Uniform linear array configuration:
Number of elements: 32
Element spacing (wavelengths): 0.75
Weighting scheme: hann
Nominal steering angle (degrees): -60
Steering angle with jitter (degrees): -58.015
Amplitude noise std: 0.05
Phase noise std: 0.05

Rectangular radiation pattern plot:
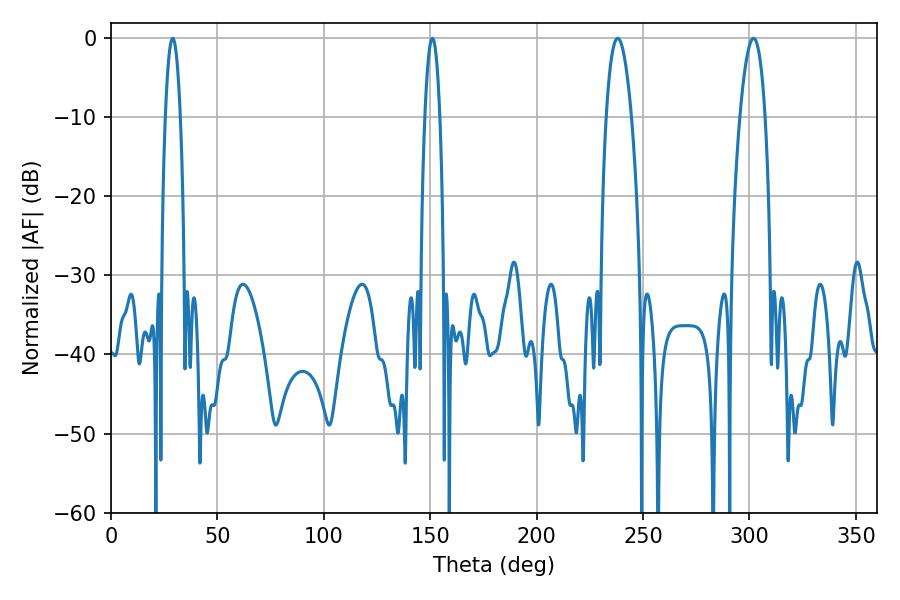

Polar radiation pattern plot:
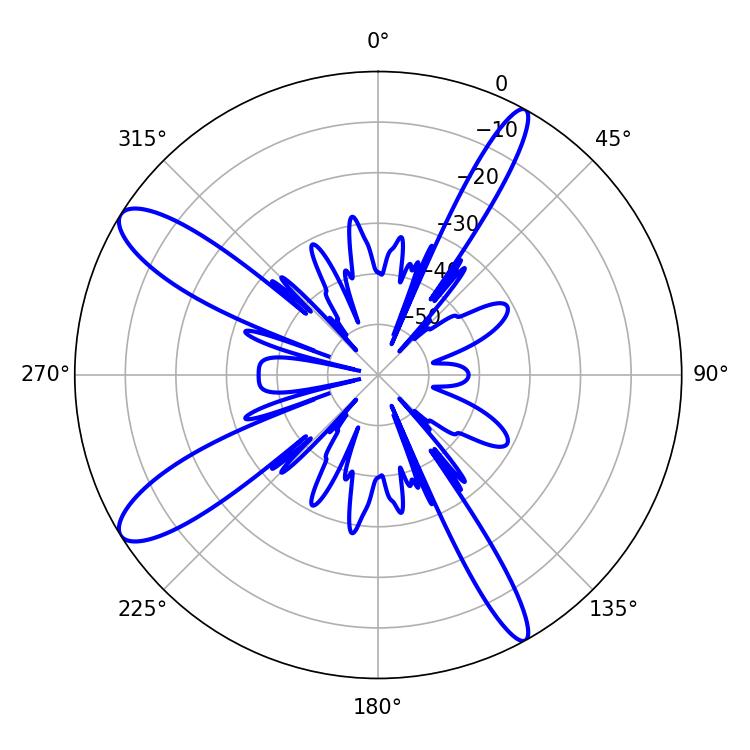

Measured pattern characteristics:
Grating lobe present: TRUE
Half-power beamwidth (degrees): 3.96
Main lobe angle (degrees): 151.02